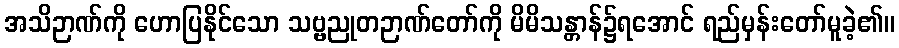
အသိဉာဏ်ကို ဟောပြနိုင်သော သဗ္ဗညုတဉာဏ်တော်ကို မိမိသန္တာန်၌ရအောင် ရည်မှန်းတော်မူခဲ့၏။